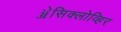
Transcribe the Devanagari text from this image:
ॲेसिक्लोव्हिर